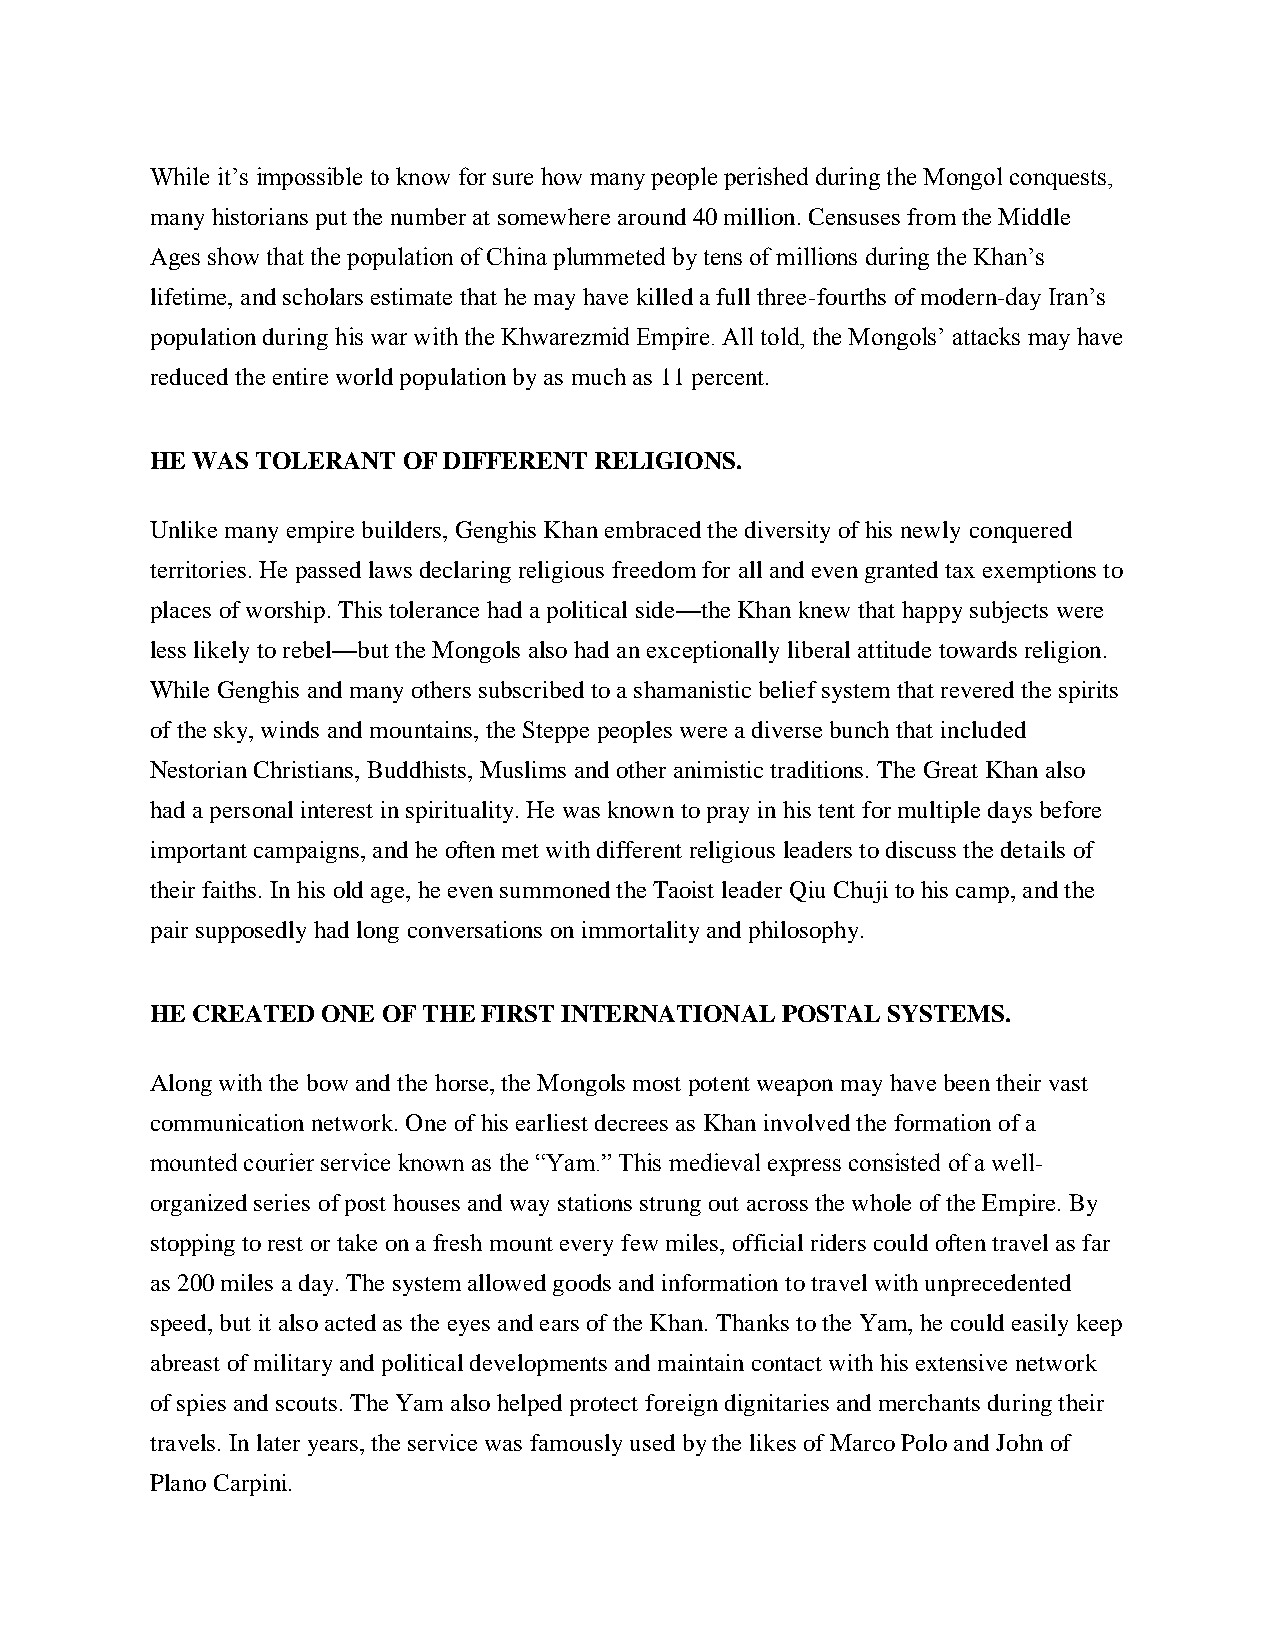
While it’s impossible to know for sure how many people perished during the Mongol conquests,
 many historians put the number at somewhere around 40 million. Censuses from the Middle
 Ages show that the population of China plummeted by tens of millions during the Khan’s
 lifetime, and scholars estimate that he may have killed a full three-fourths of modern-day Iran’s
 population during his war with the Khwarezmid Empire. All told, the Mongols’ attacks may have
 reduced the entire world population by as much as 11 percent.
 HE WAS TOLERANT  OF DIFFERENT RELIGIONS.
 Unlike many empire builders, Genghis Khan embraced the diversity of his newly conquered
 territories. He passed laws declaring religious freedom for all and even granted tax exemptions to
 places of worship. This tolerance had a political side—the Khan knew that happy subjects were
 less likely to rebel—but the Mongols also had an exceptionally liberal attitude towards religion.
 While Genghis and many others subscribed to a shamanistic belief system that revered the spirits
 of the sky, winds and mountains, the Steppe peoples were a diverse bunch that included
 Nestorian Christians, Buddhists, Muslims and other animistic traditions. The Great Khan also
 had a personal interest in spirituality. He was known to pray in his tent for multiple days before
 important campaigns, and he often met with different religious leaders to discuss the details of
 their faiths. In his old age, he even summoned the Taoist leader Qiu Chuji to his camp, and the
 pair supposedly had long conversations on immortality and philosophy.
 HE CREATED ONE OF THE FIRST INTERNATIONAL POSTAL SYSTEMS.
 Along with the bow and the horse, the Mongols most potent weapon may have been their vast
 communication network. One of his earliest decrees as Khan involved the formation of a
 mounted courier service known as the “Yam.” This medieval express consisted of a well-
 organized series of post houses and way stations strung out across the whole of the Empire. By
 stopping to rest or take on a fresh mount every few miles, official riders could often travel as far
 as 200 miles a day. The system allowed goods and information to travel with unprecedented
 speed, but it also acted as the eyes and ears of the Khan. Thanks to the Yam, he could easily keep
 abreast of military and political developments and maintain contact with his extensive network
 of spies and scouts. The Yam also helped protect foreign dignitaries and merchants during their
 travels. In later years, the service was famously used by the likes of Marco Polo and John of
 Plano Carpini.